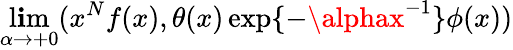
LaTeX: \operatorname*{l\mathbf{i}m}_{\alpha\rightarrow+0}(x^{N}f(x),\theta(x)\exp\{ -\alphax^{-1}\} \phi(x))